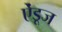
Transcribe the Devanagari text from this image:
ऐंडूज